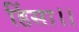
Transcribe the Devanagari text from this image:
हिंसा।।